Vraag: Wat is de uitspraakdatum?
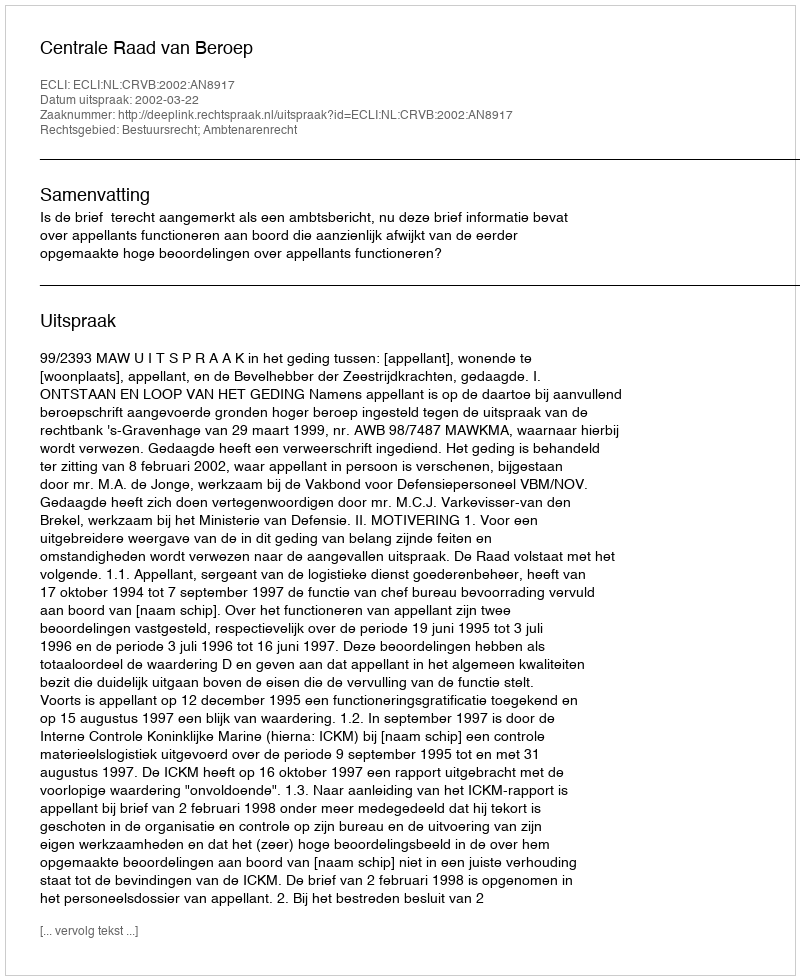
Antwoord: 2002-03-22